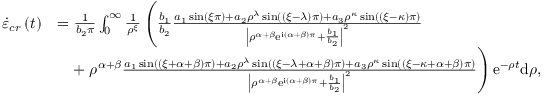
\begin{array} { r l } { \dot { \varepsilon } _ { c r } \left( t \right) } & { = \frac { 1 } { b _ { 2 } \pi } \int _ { 0 } ^ { \infty } \frac { 1 } { \rho ^ { \xi } } \left( \frac { b _ { 1 } } { b _ { 2 } } \frac { a _ { 1 } \sin \left( \xi \pi \right) + a _ { 2 } \rho ^ { \lambda } \sin \left( \left( \xi - \lambda \right) \pi \right) + a _ { 3 } \rho ^ { \kappa } \sin \left( \left( \xi - \kappa \right) \pi \right) } { \left\vert \rho ^ { \alpha + \beta } \mathrm { e } ^ { \mathrm { i } \left( \alpha + \beta \right) \pi } + \frac { b _ { 1 } } { b _ { 2 } } \right\vert ^ { 2 } } \right. } \\ & { \quad + \left. \rho ^ { \alpha + \beta } \frac { a _ { 1 } \sin \left( \left( \xi + \alpha + \beta \right) \pi \right) + a _ { 2 } \rho ^ { \lambda } \sin \left( \left( \xi - \lambda + \alpha + \beta \right) \pi \right) + a _ { 3 } \rho ^ { \kappa } \sin \left( \left( \xi - \kappa + \alpha + \beta \right) \pi \right) } { \left\vert \rho ^ { \alpha + \beta } \mathrm { e } ^ { \mathrm { i } \left( \alpha + \beta \right) \pi } + \frac { b _ { 1 } } { b _ { 2 } } \right\vert ^ { 2 } } \right) \mathrm { e } ^ { - \rho t } \mathrm { d } \rho , } \end{array}